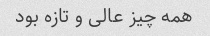
همه چیز عالی و تازه بود